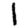
Digit: 1